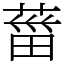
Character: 葘